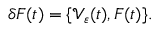
\delta F ( t ) = \{ \mathcal V _ { \varepsilon } ( t ) , F ( t ) \} .